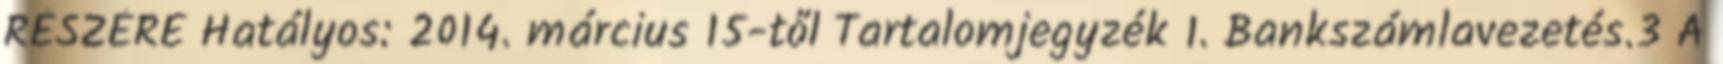
RÉSZÉRE Hatályos: 2014. március 15-től Tartalomjegyzék 1. Bankszámlavezetés.3 A